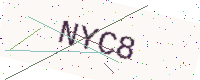
Text: NYC8